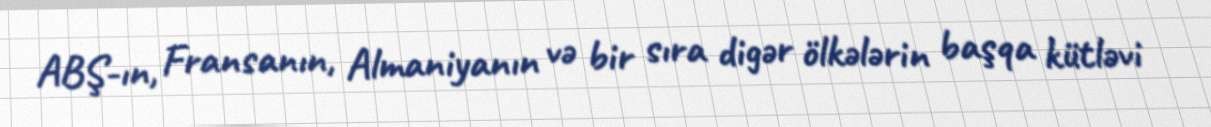
ABŞ-ın, Fransanın, Almaniyanın və bir sıra digər ölkələrin başqa kütləvi